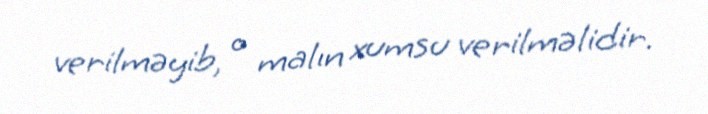
verilməyib, o malın xumsu verilməlidir.